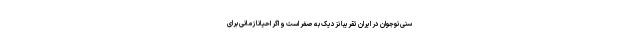
سنی نوجوان در ایران تقریبا نزدیک به صفر است و اگر احیانا زمانی برای